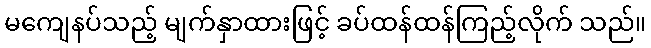
မကျေနပ်သည့် မျက်နှာထားဖြင့် ခပ်ထန်ထန်ကြည့်လိုက် သည်။